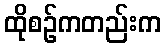
ထိုစဉ်ကတည်းက